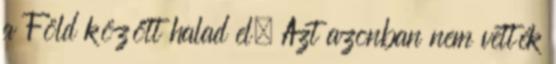
a Föld között halad el. Azt azonban nem vették